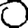
Digit: 0